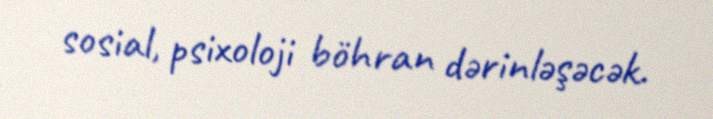
sosial, psixoloji böhran dərinləşəcək.